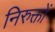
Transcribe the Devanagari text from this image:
निरुक्तों